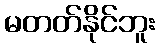
မတတ်နိုင်ဘူး